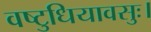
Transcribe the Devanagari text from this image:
वष्टुधियावसुः।